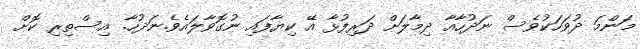
މަންމަ ދުވަހަކުވެސް ނަދުހާއާ ދިމާލަށް ދަރިފުޅާ އޭ ކިޔާފައި ނުގޮވާލައެވެ.ނަދުހާ. އިސްތިރި ކޮށް